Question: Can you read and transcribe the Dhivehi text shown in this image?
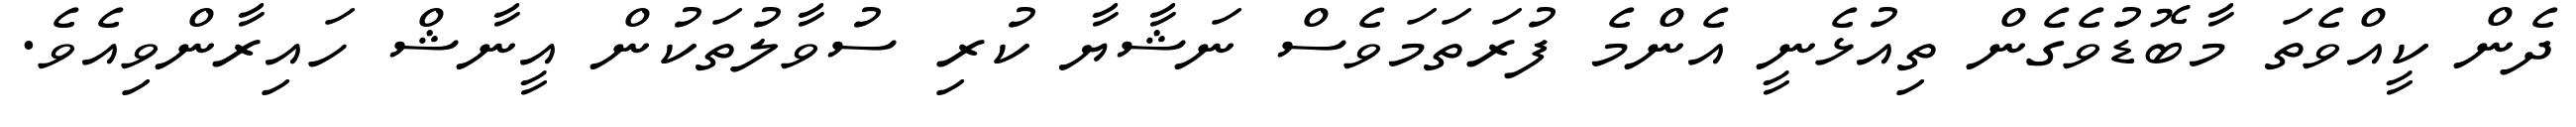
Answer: ދެން ކީއްވެތަ މާބޮޑުވެގެން ތިއުޅެނީ އެންމެ ފުރަތަމަވެސް ނަޝާޔާ ކުރި ސުވާލުތަކުން އީނާޝް ހައިރާންވިއެވެ.